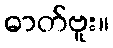
ဓာတ်ဗူး။